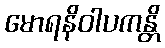
မောရနိဝါပကန္တိ